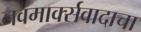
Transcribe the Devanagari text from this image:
नवमार्क्सवादाचा